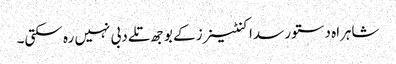
شاہراہ دستور سدا کنٹینرز کے بوجھ تلے دبی نہیں رہ سکتی۔